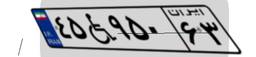
۴۲W۳۸۳۶۸